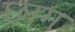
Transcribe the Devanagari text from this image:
छाम